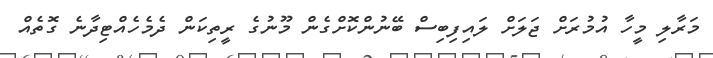
މަރާލި މީހާ އުމުރަށް ޖަލަށް ލައިފިބިސް ބޭނުންކޮށްގެން މޫނުގެ ރީތިކަން ދެމެހެއްޓިދާނެ ގޮތެއް